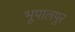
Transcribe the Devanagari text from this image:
भूपालपुर